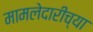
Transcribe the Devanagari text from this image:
मामलेदारीच्या